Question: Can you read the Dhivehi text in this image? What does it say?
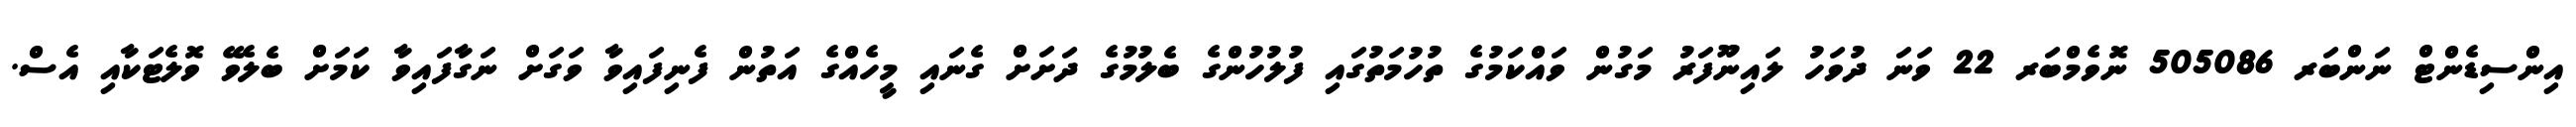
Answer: އިންސިޑެންޓް ނަންބަރ 505086 ނޮވެމްބަރ 22 ވަނަ ދުވަހު ލައިނޫފަރު މަގުން ވައްކަމުގެ ތުހުމަތުގައި ފުލުހުންގެ ބެލުމުގެ ދަށަށް ގެނައި މީހެއްގެ އަތުން ފެނިފައިވާ ވަގަށް ނަގާފައިވާ ކަމަށް ބެލެވޭ ވޮލެޓަކާއި އެސް.